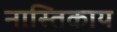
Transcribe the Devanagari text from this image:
नास्तिकाय